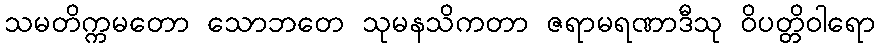
သမတိက္ကမတော သောဘတေ သုမနသိကတာ ဇရာမရဏာဒီသု ဝိပတ္တိဝါရော